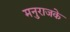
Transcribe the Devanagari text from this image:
मनुराजके